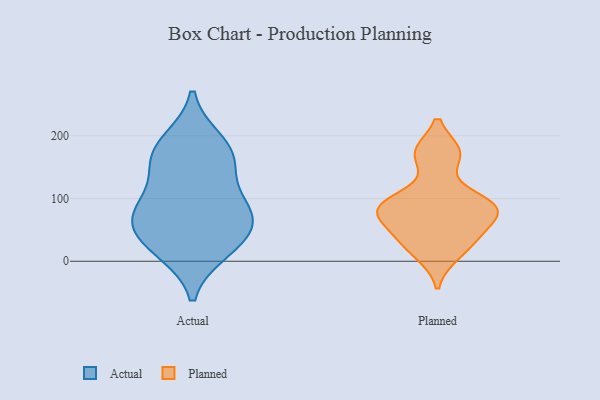
{"axis": {"x": "Active Users", "y": "Value"}, "legend": ["Actual", "Planned"], "data": [{"x": "", "y": 190, "type": "Actual"}, {"x": "", "y": 29, "type": "Actual"}, {"x": "", "y": 174, "type": "Actual"}, {"x": "", "y": 145, "type": "Actual"}, {"x": "", "y": 73, "type": "Actual"}, {"x": "", "y": 83, "type": "Actual"}, {"x": "", "y": 76, "type": "Actual"}, {"x": "", "y": 18, "type": "Actual"}, {"x": "", "y": 164, "type": "Actual"}, {"x": "", "y": 80, "type": "Actual"}, {"x": "", "y": 35, "type": "Actual"}, {"x": "", "y": 36, "type": "Planned"}, {"x": "", "y": 11, "type": "Planned"}, {"x": "", "y": 85, "type": "Planned"}, {"x": "", "y": 73, "type": "Planned"}, {"x": "", "y": 89, "type": "Planned"}, {"x": "", "y": 172, "type": "Planned"}, {"x": "", "y": 82, "type": "Planned"}, {"x": "", "y": 42, "type": "Planned"}, {"x": "", "y": 172, "type": "Planned"}, {"x": "", "y": 97, "type": "Planned"}]}